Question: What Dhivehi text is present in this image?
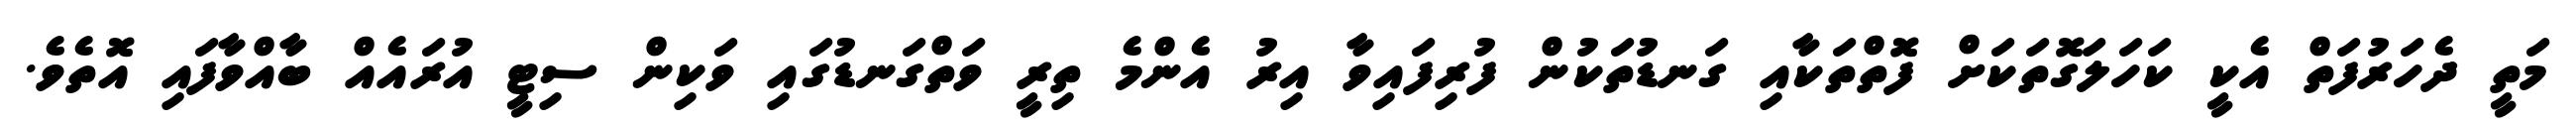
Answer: މަތީ ދެހަރުފަތް އެކީ ކަހަލަގޮތަކަށް ފޮތްތަކާއި ގަނޑުތަކުން ފުރިފައިވާ އިރު އެންމެ ތިރީ ވަތްގަނޑުގައި ވަކިން ސިޓީ އުރައެއް ބާއްވާފައި އޮތެވެ.